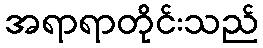
အရာရာတိုင်းသည်